Annual statistical returns and brief notes on vaccination in Bengal - 1896-1909
Year: 1896
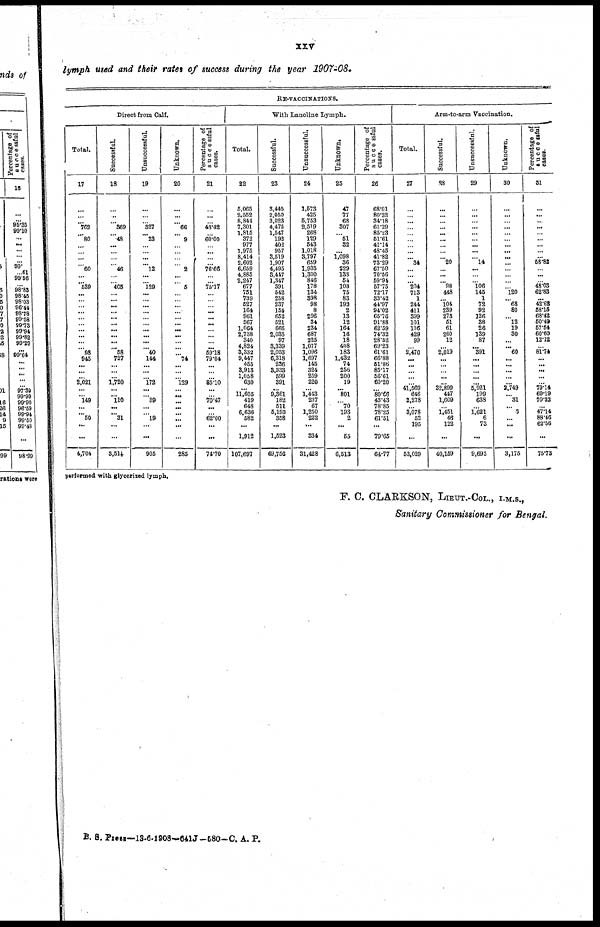
xxv
lymph used and their rates of success during the year 1907-08.
RE-VACCINATIONS.
Direct from Calf.
Tot al .
17
...
... ... 762
... 80
...
... ...
... 60
...
... 539
...
...
...
...
...
...
...
...
...
... 98
945
...
... ...
2,021
...
... 149
... ... 50
...
...
4,704
Successful.
18
...
...
... 369
... 48
...
... ...
... 46
...
... 405
...
... ...
...
...
...
...
...
...
... 58
727
...
... ...
1,720
...
... 110
... ... 31
...
...
3,514
Unsuccessful.
19
...
... ... 327
... 23
...
... ...
... 12
...
... 129
...
...
...
...
... ...
...
...
...
... 40
144
...
... ...
172
...
... 89
...
... 19
...
...
905
Unknown.
20
...
... ... 66
... 9
...
... ...
... 2
...
... 5
...
...
...
...
...
...
...
...
...
...
... 74
...
... ...
129
...
...
... ...
...
...
...
...
285
Percentage of
successful
cases.
21
...
... ... 48.42
...
60.00
...
... ...
... 76.66
... ...
75.17
...
...
... ...
...
...
... ...
...
...
59.18
79.04
...
... ...
85.10
...
... 70.47
...
... 62.00
...
...
74.70
With Lonoline Lymph.
Total.
22
5,065
2,552
8,844
7,301
1,815
372
977
1,975
8,414
2,602
6,659
4,885
2,247
677
751
739
527
164
961
567
1,064
2,738
340
4,824
3,332
9,447
455
3,913
1,058
630
...
11,605
419
648
6,636
582
...
1,912
107,697
Successful.
23
3,445 2,050 3,023
4,475
1,547
192
402
957
3,519
1,907
4,495
3,447 1,347
391
542
258
237
154
652
521
666
2,035
97
3,339
2,053
6,318
236
3,333
599
391
...
9,361
182
511
5,193
358
...
1,523
69,756
Unsuccessful.
24
1,573
425
5,753
2,519
268
129
543
1,018
3,797
659
1,935
1,300
846
178
134
398
98
8
296
34
234
687
225
1,077
1,096
1,697
145
324
259
220
... 1,443
237
67
1,250
222
...
334
31,428
Unknown.
25
47
77
68
307
... 51
32
... 1,098
36
229
133
54
108
75
83
192
2
13
12
164
16
18
408
183
1,432
74
256
200
19
... 801
...
70 193
2
...
55
6,513
Percentage of
successful
cases.
26
68.01 80.32 34.18
61.29
85.23
51.61
41.14
48.45
41.82
73.29
67.50
70.56
59.94
57.75
72.17
33.42
44.97
94.02
65.76
91.88
62.59
74.32
28.52
69.23
61.61
66.88
... ... ...
60.20
... 80.66
43.43
78.85
78.25
61.51
...
79.65
64.77
Arm-to-arm Vaccination.
Total.
27
...
... ...
...
...
... ...
... ... 34
...
... ... 204
713
1
244
411
399
101
106
429
99
... 2,470
...
...
... ...
... 41,569
646
2,278
...
3,078
52
195
...
53,029
Successful.
28
...
... ...
...
...
... ...
... ... 20
...
...
... 98
448
...
104
239
273
51
61
260
12
... 2,019
...
...
... ...
...
32,899
447
1,609
...
1,451
46
12
...
40,159
Unsuccessful.
29
...
... ...
...
...
... ...
... ... 14
...
...
... 106
145
1
72
92
126
38
26
139
87
... 391
...
...
... ...
...
5,921
199
638
...
1,621
6
73
...
9,695
Unknown.
30
...
... ...
...
...
... ...
... ...
...
...
...
...
... 120
... 68
80
... 12
19
30
...
... 60
...
...
... ...
...
2,749
... 31
... 3
... ...
...
3,175
Percentage of
successful
cases.
31
...
... ...
...
...
... ...
... ...
58.82
... ...
... 48.03
62.83
...
42.62
58.15
68.42
50.49
57.54
60.60
12.12
... 81.74
... ...
... ...
...
79.14
69.19
70.32
... 47.14
88.46
62.56
...
75.73
performed with glycerized lymph.
F. C. CLARKSON, LIEUT.-COL., I.M.S.,
Sanitary Commissioner for Bengal.
B. S. Press—13-6-1908—641J-580— C. A. P.